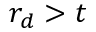
r _ { d } > t